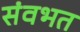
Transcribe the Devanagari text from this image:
संवभत